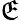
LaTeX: \cal\mathfrak{E}